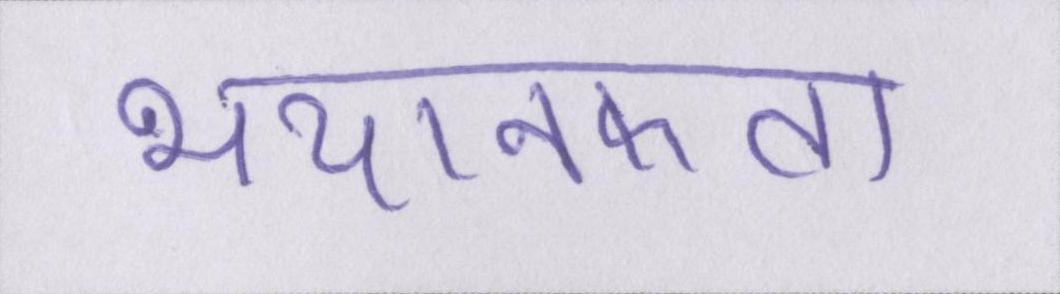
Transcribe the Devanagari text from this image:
भयानकता